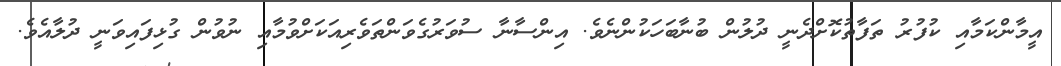
އީމާންކަމާއި ކުފުރު ތަފާތުކޮށްދެނީ ދުލުން ބުނާބަހަކުންނެވެ. އިންސާނާ ސުވަރުގެވަންތަވެރިއަކަށްވުމާއި ނުވުން ގުޅިފައިވަނީ ދުލާއެވެ.